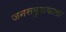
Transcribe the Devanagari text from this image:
जनसमुदायाला